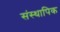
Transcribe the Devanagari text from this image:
संस्थापिक